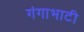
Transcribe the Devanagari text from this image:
गंगाभाटी